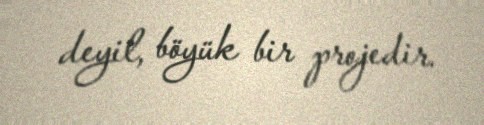
deyil, böyük bir projedir.